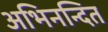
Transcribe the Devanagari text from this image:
अभिनन्दित